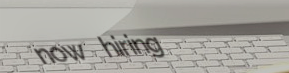
now hiring